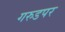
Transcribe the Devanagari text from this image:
गरुडपर